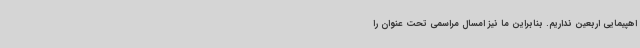
اهپیمایی اربعین نداریم. بنابراین ما نیز امسال مراسمی تحت عنوان را